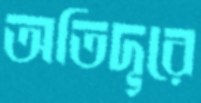
অতিদূরে